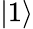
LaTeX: \left\vert 1\right\rangle